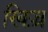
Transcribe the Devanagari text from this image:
खिज़्र